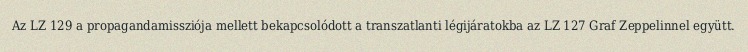
Az LZ 129 a propagandamissziója mellett bekapcsolódott a transzatlanti légijáratokba az LZ 127 Graf Zeppelinnel együtt.